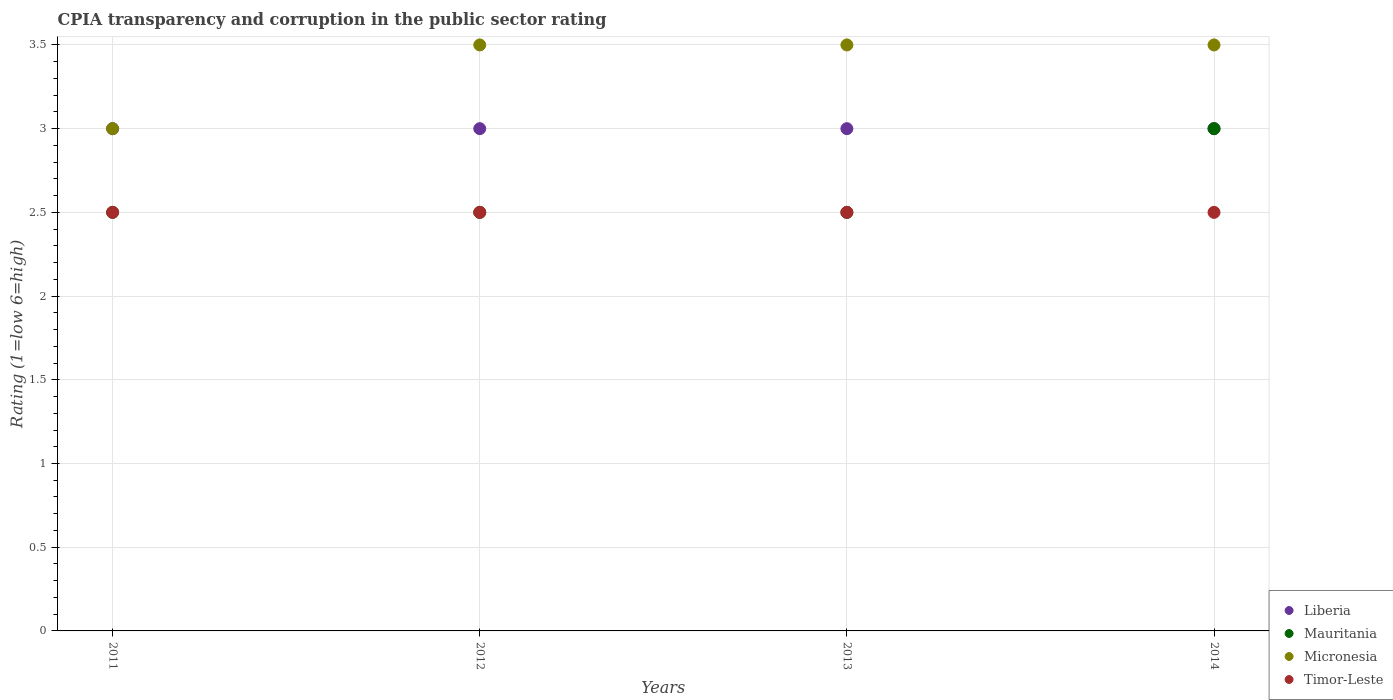
| Years | Liberia | Mauritania | Micronesia | Timor-Leste |
 | --- | --- | --- | --- | --- |
 | 2011 | 3 | 2.5 | 3 | 2.5 |
 | 2012 | 3 | 2.5 | 3.5 | 2.5 |
 | 2013 | 3 | 2.5 | 3.5 | 2.5 |
 | 2014 | 3 | 3 | 3.5 | 2.5 |